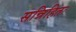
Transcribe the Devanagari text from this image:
सन्निहितः